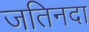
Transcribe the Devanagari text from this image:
जतिनदा